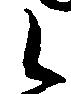
候